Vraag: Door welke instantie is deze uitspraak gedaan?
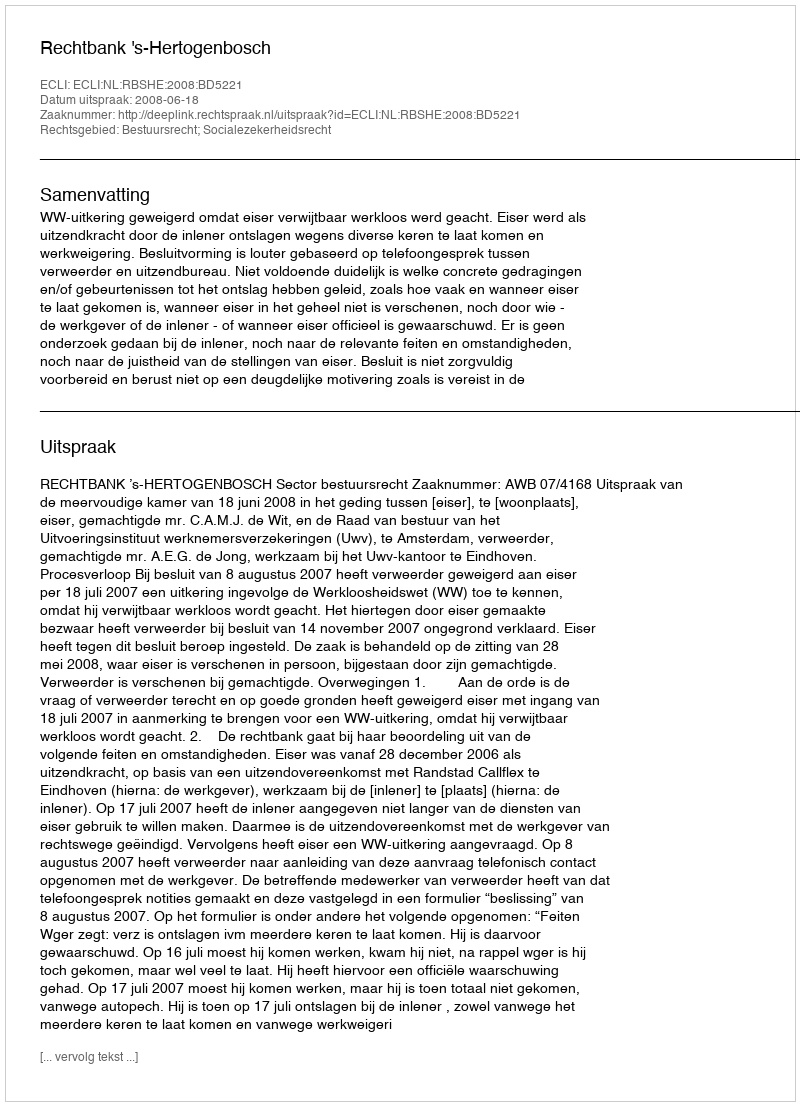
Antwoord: Rechtbank 's-Hertogenbosch